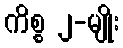
ကိစ္စ ၂-မျိုး